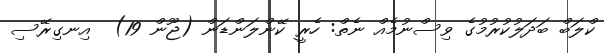
ކްލަބް ބަދަލުކުރުމުގެ ވިސްނުމެއް ނެތް: ހެރީ ކޭންލަންޑަން (ޖޫން 19)  އިނގިރޭސި